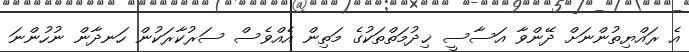
އެ ރައްޔިތުންނަށް ދޭންވާ އަސާސީ ޚިދުމަތްތަކުގެ މަތިން އެއްވެސް ސަރުކާރަކުން ހަނދާން ނުހުންނަ